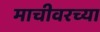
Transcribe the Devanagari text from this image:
माचीवरच्या